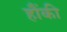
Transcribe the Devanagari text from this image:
हौंकी